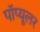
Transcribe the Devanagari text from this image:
पॉप्यूलर